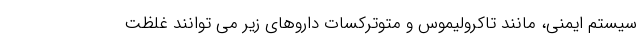
سیستم ایمنی، مانند تاکرولیموس و متوترکسات داروهای زیر می توانند غلظت